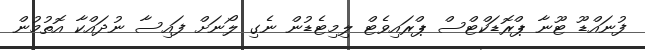
ފުނައްޑޫ ޓޫނާ ޕްރޮޑަކްޓްސް ޕްރައިވެޓް ލިމިޓެޑުން ނެގި ލޯނަށް ފައިސާ ނުދައްކާ އޮތުމުން